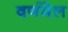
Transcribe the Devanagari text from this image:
वर्णमेल